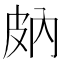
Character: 𤿒